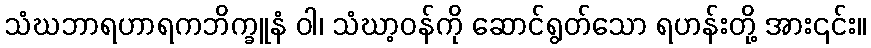
သံဃဘာရဟာရကဘိက္ခူနံ ဝါ၊ သံဃာ့ဝန်ကို ဆောင်ရွတ်သော ရဟန်းတို့ အား၎င်း။